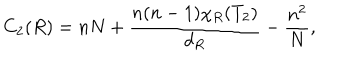
C _ { 2 } ( R ) = n N + \frac { n ( n - 1 ) \chi _ { R } ( T _ { 2 } ) } { d _ { R } } - \frac { n ^ { 2 } } { N } ,